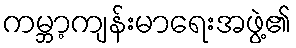
ကမ္ဘာ့ကျန်းမာရေးအဖွဲ့၏